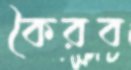
কৈরব